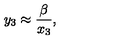
y _ { 3 } \approx { \frac { \beta } { x _ { 3 } } } ,